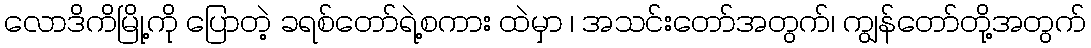
လောဒိကိမြို့ကို ပြောတဲ့ ခရစ်တော်ရဲ့စကား ထဲမှာ ၊ အသင်းတော်အတွက်၊ ကျွန်တော်တို့အတွက်